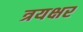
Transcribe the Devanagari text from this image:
त्रयक्षर